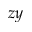
z y